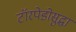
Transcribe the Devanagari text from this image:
टॉरपेडोसुद्धा